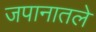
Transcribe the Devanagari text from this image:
जपानातले